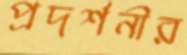
প্রদর্শনীর